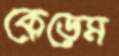
কেড়েম